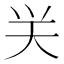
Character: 𮰴